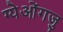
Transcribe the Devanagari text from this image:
ग्येओंगजु